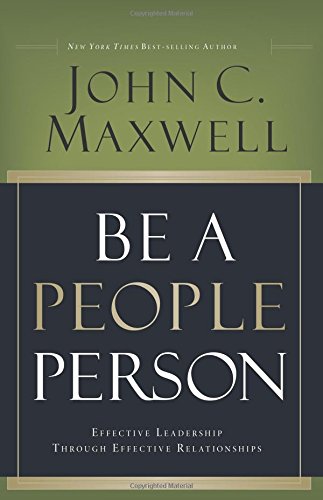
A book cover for Be a People Person: Effective Leadership Through Effective Relationships; John C. Maxwell; Christian Books & Bibles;